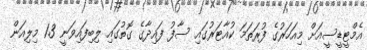
އެމްޓީޑީސީއަށް މިއަހަރުގެ ފުރަތަމަ ކުއާޓަރުގައި ސާފު ފައިދާގެ ގޮތުގައި ލިބިފައިވަނީ 1.3 މިލިއަން